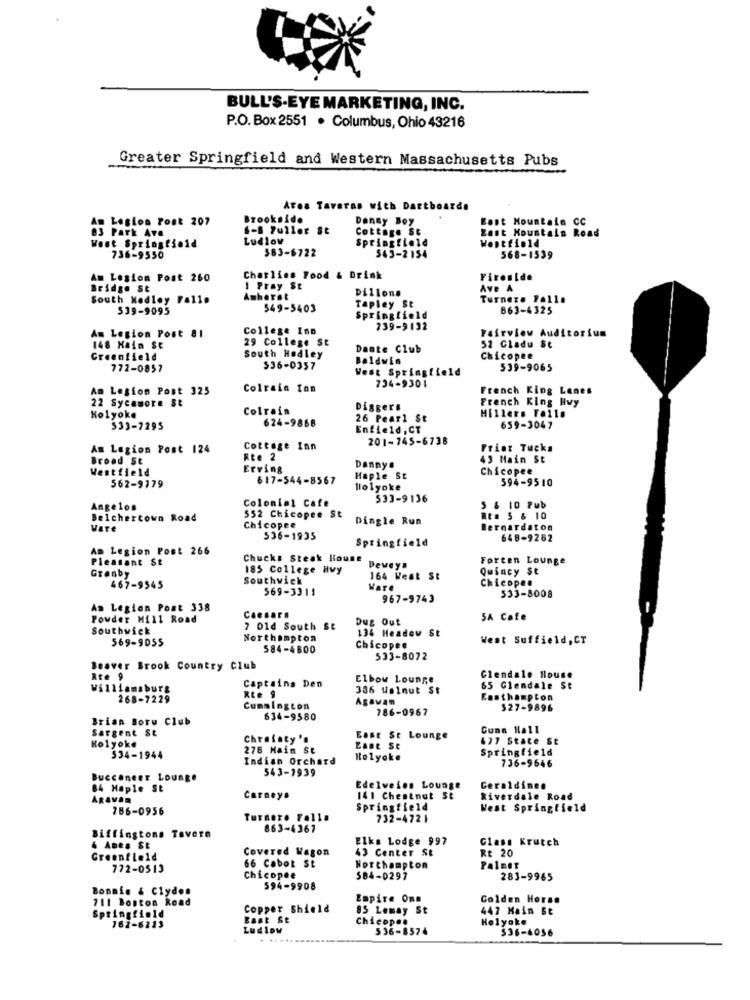
BULL'S-EYE MARKETING, INC.
P.O. Box 2551 . Columbus, Ohio 43216
Greater Springfield and Western Massachusetts Pubs
Area Taveras with Dartboarde
An Leglos Pont 207
Brookside
Danny Boy
Best Mountain CC
6-B Fuller St
Cottage St
Zast Mountain Road
83 Park Ave
Ludlow
Springfield
West Springfield
583-6722
Westfield
736-9550
543-2154
568-1539
Am Lesion Post 260
Charlies Food & Drink
Fireside
Bridge St
I Pray St
Dillons
Ave A
South Hadley Fall.
Amherst
Tapley St
Turnere Falle
539-9095
549-5403
863-4325
Springfield
College Ino
739-9132
Fairview Auditorium
Am Legion Post 81
29 College St
148 Main St
Dante Club
52 Gladu Se
Greenfield
South Hadley
Baldwin
Chicopee
772-0857
$36-0357
West Springfield
539-9065
734-9301
Am Lesion Post 325
Colrain Inn
French King Lanes
22 Sycamore St
French King Hwy
Holyoke
Colrain
Diggers
624-9868
26 Pearl St
Millers Falls
533-7295
Enfield, CT
659-3047
201-745-6738
Am Legion Post 124
Cottage Inn
Friar Tucks
Broad St
Rte 2
43 Main St
Westfield
Erring
Danny.
Chicopee
617-544-8567
Haple St
594-9510
562-9179
lolyoke
Colonial Cafe
533-9136
Angelos
5 & 10 Pub
Belchertown Road
552 Chicopee St
Dingle Run
Rt. 5 & 10
Vare
Chicopee
Bernardaton
536-1935
Springfield
648-9262
Am Legion Post 266
Pleasant St
Chucks Steak House
Forten Lounge
185 College Hvy
Deveya
Quincy St
Granby
Southwick
164 West St
Chicopee
467-9545
569-3311
Ware
333-8008
967-9743
Am Legion Post 338
Powder Mill Road
Caesars
Dug Out
5A Cafe
Southwick
7 01d South St
134 Headew St
569-9055
Northampton
West Suffield,CT
584-4800
Chicopee
533-8072
Beaver Brook Country Club
Rte 9
Elbow Lounge
Clendale House
Williamsburg
Captains Den
336 Walnut St
65 Glendale St
268-7229
Rte 9
Agavan
Easthampton
Cummingcon
786-0967
$27-9896
Brian Boru Club
634-9580
Sargent St
Cuna Hall
Chrafaty's
East St Lounge
477 State St
Holyoke
278 Main St
Springfield
534-1944
Indian Orchard
Holyoke
736-9646
543-1939
Buccaneer Lounge
84 Maple St
Edelveien Lounge
Geraldine.
ARAvan
Carneys
141 Chestnut St
Riverdale Road
786-0956
Springfield
West Springfield
Turnero Falla
732-4721
863-4367
Biffingtons Tavern
Elks Lodge 997
Glass Krutch
4 Ames St
Covered Wagon
43 Center St
Rt 20
Greenfield
772-0513
66 Cabot St
Northampton
Palner
Chicopee
584-0297
283-9965
Bonnie & Clydes
594-9908
711 Boston Road
Empire One
Golden Horse
Copper Shield
85 Lemay St
447 Main Bt
Springfield
East St
Chicopee
Holyoke
162-6223
Ludlow
536-8574
536-4056